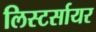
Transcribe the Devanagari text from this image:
लिस्टर्सायर